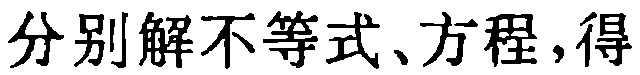
分别解不等式、方程，得